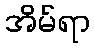
အိမ်ရာ